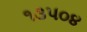
૧૩૫૦૪